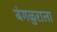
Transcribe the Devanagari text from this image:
बंगळुराला